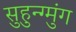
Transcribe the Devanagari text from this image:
सुहुन्ग्मुंग